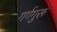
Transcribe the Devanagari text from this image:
गर्गगुरू